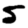
Digit: 5